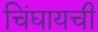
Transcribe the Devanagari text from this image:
चिंघायची